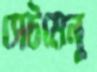
সেটমেনু